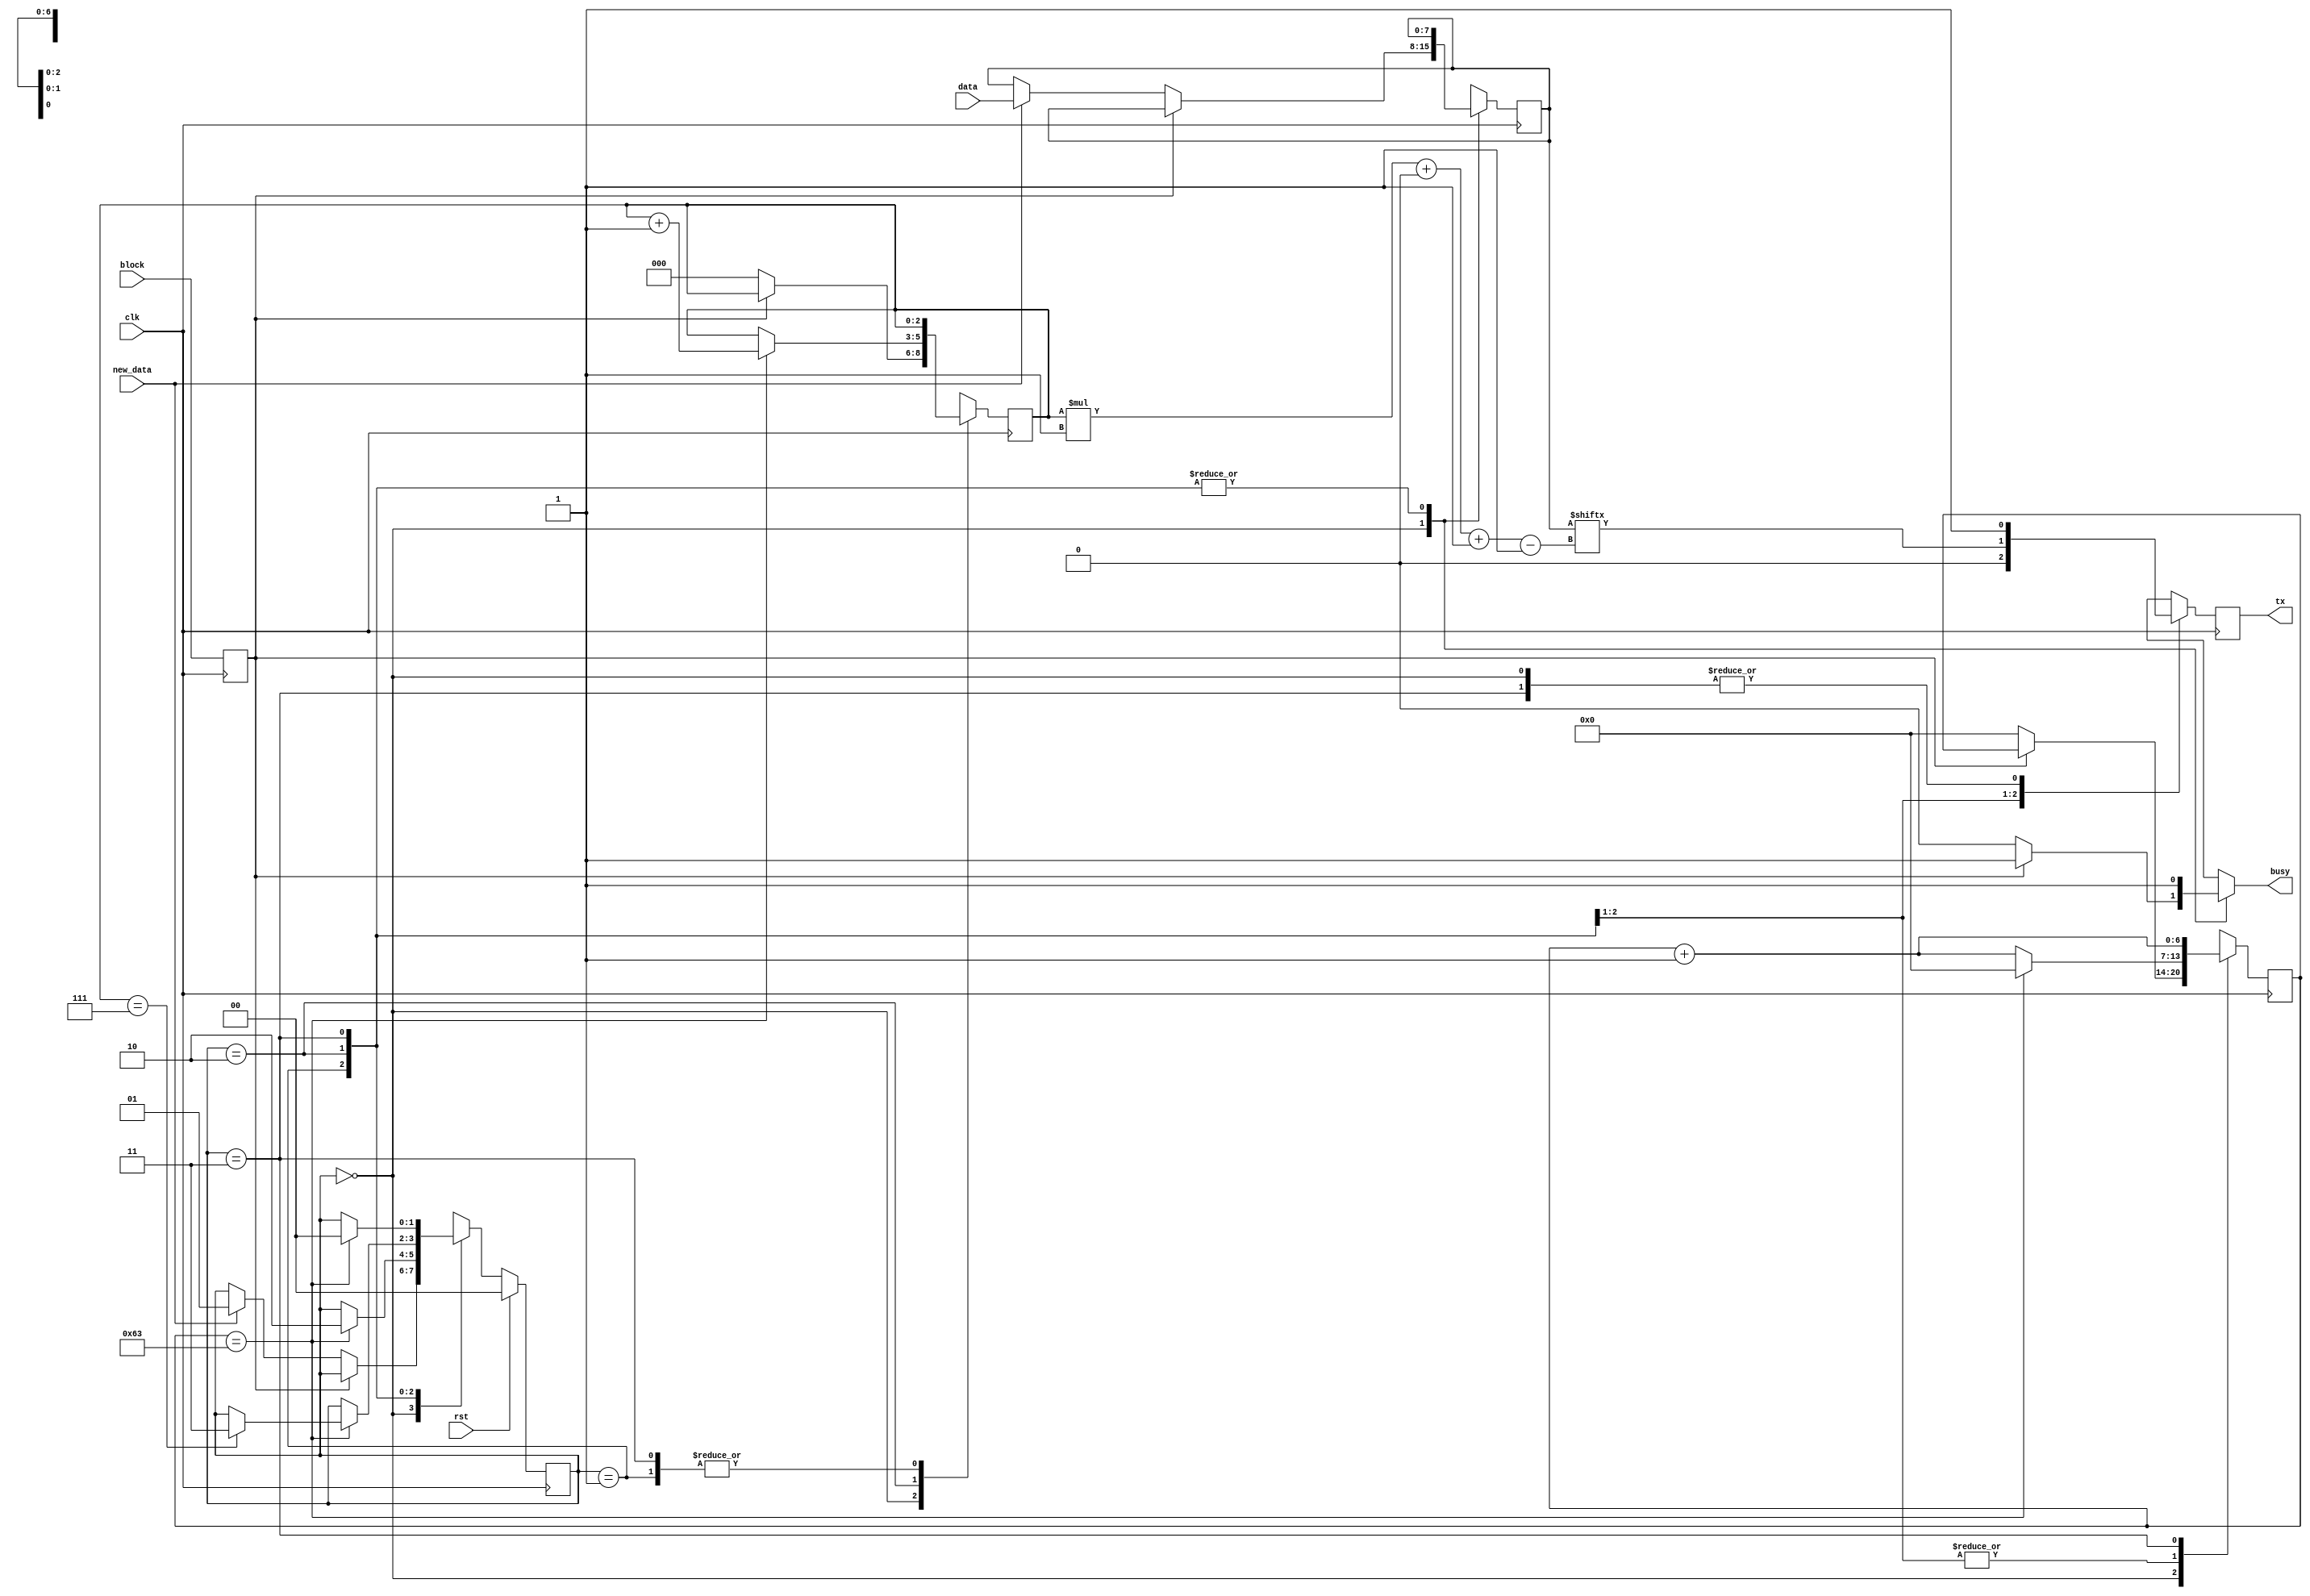
/*
   This file was generated automatically by the Mojo IDE version B1.3.6.
   Do not edit this file directly. Instead edit the original Lucid source.
   This is a temporary file and any changes made to it will be destroyed.
*/

/*
   Parameters:
     CLK_FREQ = 50000000
     BAUD = 500000
*/
module uart_tx_20 (
    input clk,
    input rst,
    output reg tx,
    input block,
    output reg busy,
    input [7:0] data,
    input new_data
  );
  
  localparam CLK_FREQ = 26'h2faf080;
  localparam BAUD = 19'h7a120;
  
  
  localparam CLK_PER_BIT = 28'h0000064;
  
  localparam CTR_SIZE = 3'h7;
  
  localparam IDLE_state = 2'd0;
  localparam START_BIT_state = 2'd1;
  localparam DATA_state = 2'd2;
  localparam STOP_BIT_state = 2'd3;
  
  reg [1:0] M_state_d, M_state_q = IDLE_state;
  reg [6:0] M_ctr_d, M_ctr_q = 1'h0;
  reg [2:0] M_bitCtr_d, M_bitCtr_q = 1'h0;
  reg [7:0] M_savedData_d, M_savedData_q = 1'h0;
  reg M_txReg_d, M_txReg_q = 1'h0;
  reg M_blockFlag_d, M_blockFlag_q = 1'h0;
  
  always @* begin
    M_state_d = M_state_q;
    M_txReg_d = M_txReg_q;
    M_bitCtr_d = M_bitCtr_q;
    M_savedData_d = M_savedData_q;
    M_ctr_d = M_ctr_q;
    M_blockFlag_d = M_blockFlag_q;
    
    tx = M_txReg_q;
    busy = 1'h1;
    M_blockFlag_d = block;
    
    case (M_state_q)
      IDLE_state: begin
        M_txReg_d = 1'h1;
        if (!M_blockFlag_q) begin
          busy = 1'h0;
          M_bitCtr_d = 1'h0;
          M_ctr_d = 1'h0;
          if (new_data) begin
            M_savedData_d = data;
            M_state_d = START_BIT_state;
          end
        end
      end
      START_BIT_state: begin
        M_ctr_d = M_ctr_q + 1'h1;
        M_txReg_d = 1'h0;
        if (M_ctr_q == 29'h00000063) begin
          M_ctr_d = 1'h0;
          M_state_d = DATA_state;
        end
      end
      DATA_state: begin
        M_txReg_d = M_savedData_q[(M_bitCtr_q)*1+0-:1];
        M_ctr_d = M_ctr_q + 1'h1;
        if (M_ctr_q == 29'h00000063) begin
          M_ctr_d = 1'h0;
          M_bitCtr_d = M_bitCtr_q + 1'h1;
          if (M_bitCtr_q == 3'h7) begin
            M_state_d = STOP_BIT_state;
          end
        end
      end
      STOP_BIT_state: begin
        M_txReg_d = 1'h1;
        M_ctr_d = M_ctr_q + 1'h1;
        if (M_ctr_q == 29'h00000063) begin
          M_state_d = IDLE_state;
        end
      end
      default: begin
        M_state_d = IDLE_state;
      end
    endcase
  end
  
  always @(posedge clk) begin
    M_ctr_q <= M_ctr_d;
    M_bitCtr_q <= M_bitCtr_d;
    M_savedData_q <= M_savedData_d;
    M_txReg_q <= M_txReg_d;
    M_blockFlag_q <= M_blockFlag_d;
    
    if (rst == 1'b1) begin
      M_state_q <= 1'h0;
    end else begin
      M_state_q <= M_state_d;
    end
  end
  
endmodule